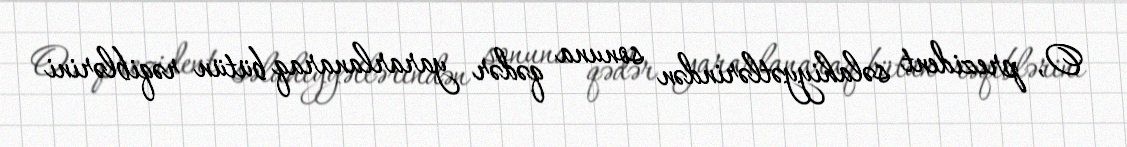
O, prezident səlahiyyətlərindən sonuna qədər yararlanaraq bütün rəqiblərini